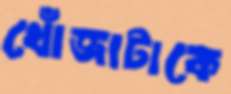
খোঁজাটাকে